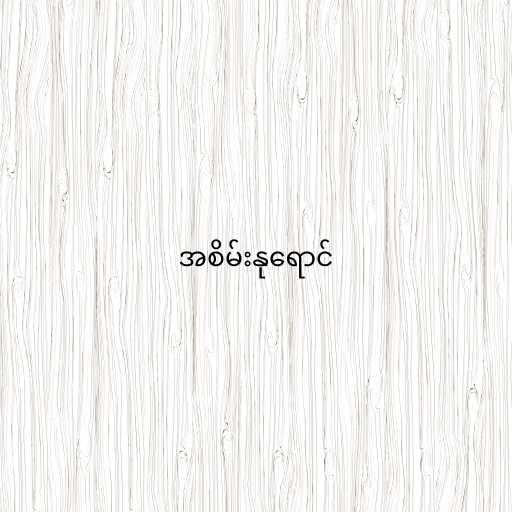
အစိမ်းနုရောင်